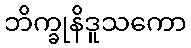
ဘိက္ခုနိဒူသကော